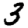
Digit: 3